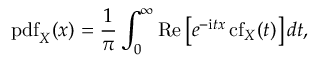
\operatorname { p d f } _ { X } ( x ) = \frac { 1 } { \pi } \int _ { 0 } ^ { \infty } { \operatorname { R e } \left[ e ^ { - \mathrm { i } t x } \operatorname { c f } _ { X } ( t ) \right] } \, d t ,